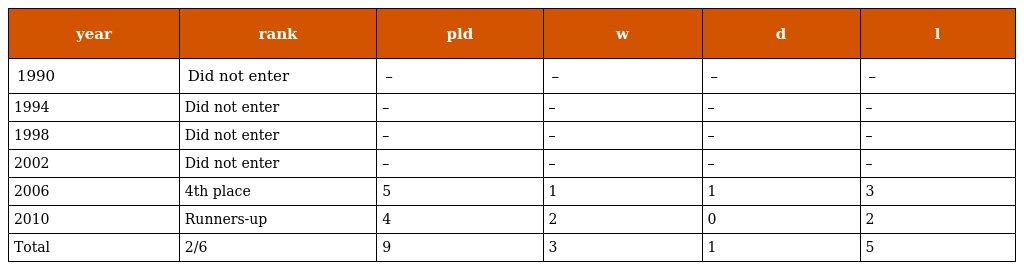
| year | rank | pld | w | d | l |
 | --- | --- | --- | --- | --- | --- |
 | 1990 | Did not enter | – | – | – | – |
 | 1994 | Did not enter | – | – | – | – |
 | 1998 | Did not enter | – | – | – | – |
 | 2002 | Did not enter | – | – | – | – |
 | 2006 | 4th place | 5 | 1 | 1 | 3 |
 | 2010 | Runners-up | 4 | 2 | 0 | 2 |
 | Total | 2/6 | 9 | 3 | 1 | 5 |